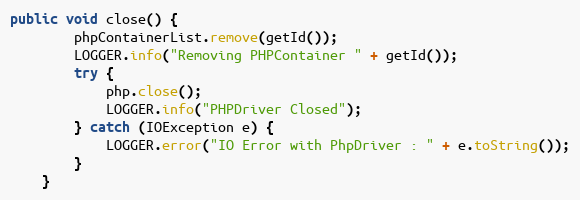
Language: Java
public void close() {
		phpContainerList.remove(getId());
		LOGGER.info("Removing PHPContainer " + getId());
		try {
			php.close();
			LOGGER.info("PHPDriver Closed");
		} catch (IOException e) {
			LOGGER.error("IO Error with PhpDriver : " + e.toString());
		}
	}